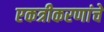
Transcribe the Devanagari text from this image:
एकत्रीकरणांचे